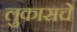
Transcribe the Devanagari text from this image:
लुकासचे